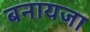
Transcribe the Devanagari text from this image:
बनायजा